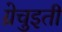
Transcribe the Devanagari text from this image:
ग्रेचुइती